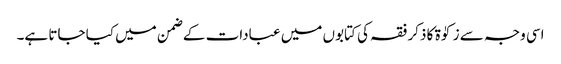
اسی وجہ سے زکوٰۃ کا ذکر فقہ کی کتابوں میں عبادات کے ضمن میں کیا جاتا ہے۔